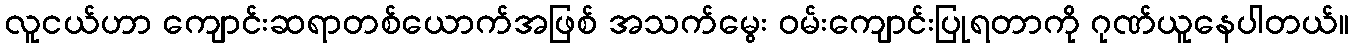
လူငယ်ဟာ ကျောင်းဆရာတစ်ယောက်အဖြစ် အသက်မွေး ဝမ်းကျောင်းပြုရတာကို ဂုဏ်ယူနေပါတယ်။